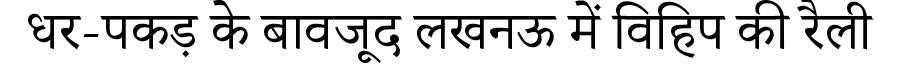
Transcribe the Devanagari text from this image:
धर-पकड़ के बावजूद लखनऊ में विहिप की रैली